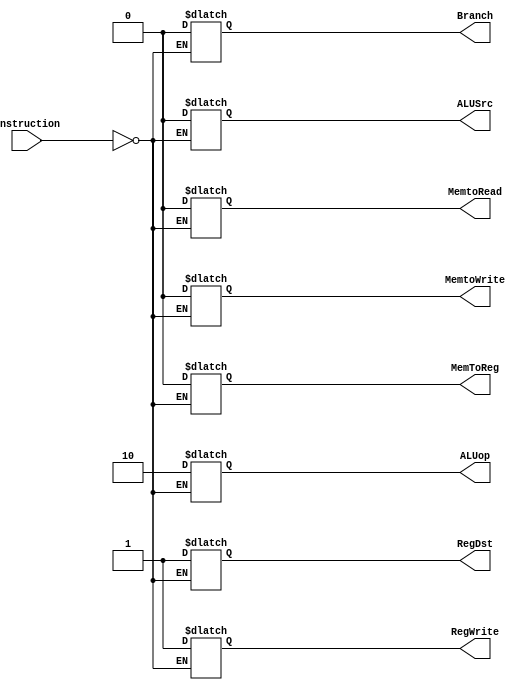
`timescale 1ns/1ns
module ControlUnit (
    input [5:0] instruction,
    output reg RegDst,
    output reg Branch,
    output reg MemtoRead,
    output reg MemToReg,
    output reg [1:0]ALUop,
    output reg MemtoWrite,
    output reg ALUSrc,
    output reg RegWrite
 
);
always @(instruction) begin
    if (instruction == 6'b000_000) 
    begin
        //instruccion tipo R, debemos de darles estos valores a estas variables si la instruccion es de tipo R
        RegDst <=1;
        Branch <=0;
        MemtoRead <= 0;
        MemToReg <= 0;
        ALUop <= 10;
        MemtoWrite <= 0;
        ALUSrc <=0;
        RegWrite <= 1;
    end
end
endmodule //ControlUnit